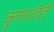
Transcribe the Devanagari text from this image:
कुणाशॊही